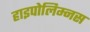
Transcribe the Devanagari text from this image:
हाइपोलिम्नस